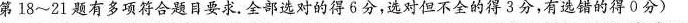
第18~21题有多项符合题目要求。全部选对的得6分，选对但不全的得3分，有选错的得0分)